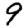
Digit: 9